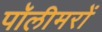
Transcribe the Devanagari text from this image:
पॉलीमरों